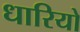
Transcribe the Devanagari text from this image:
धारियो